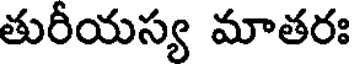
తురీయస్య మాతరః